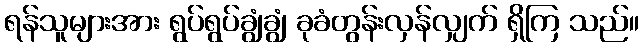
ရန်သူများအား ရွပ်ရွပ်ချွံချွံ ခုခံတွန်းလှန်လျှက် ရှိကြ သည်။